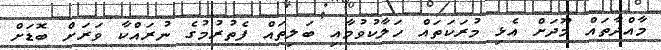
މާއްދާތައް މޫދަށް އެޅި މުރަކަތައް ހަލާކުވުމާއި ބަލިތައް ފެތުރުމުގެ ނުރައްކާ ވަރަށް ބޮޑަށް